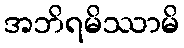
အဘိရမိဿာမိ